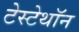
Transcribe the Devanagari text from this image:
टेस्टेथॉन